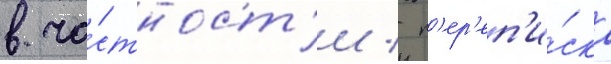
в ча́стност'и / п'ер'еп'и́ска